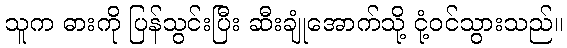
သူက ဓားကို ပြန်သွင်းပြီး ဆီးချုံအောက်သို့ ငုံ့ဝင်သွားသည်။